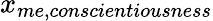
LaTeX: x_{me,conscientiousness}